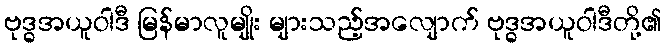
ဗုဒ္ဓအယူဝါဒီ မြန်မာလူမျိုး များသည့်အလျောက် ဗုဒ္ဓအယူဝါဒီတို့၏